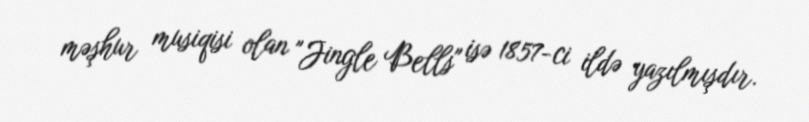
məşhur musiqisi olan "Jingle Bells" isə 1857-ci ildə yazılmışdır.